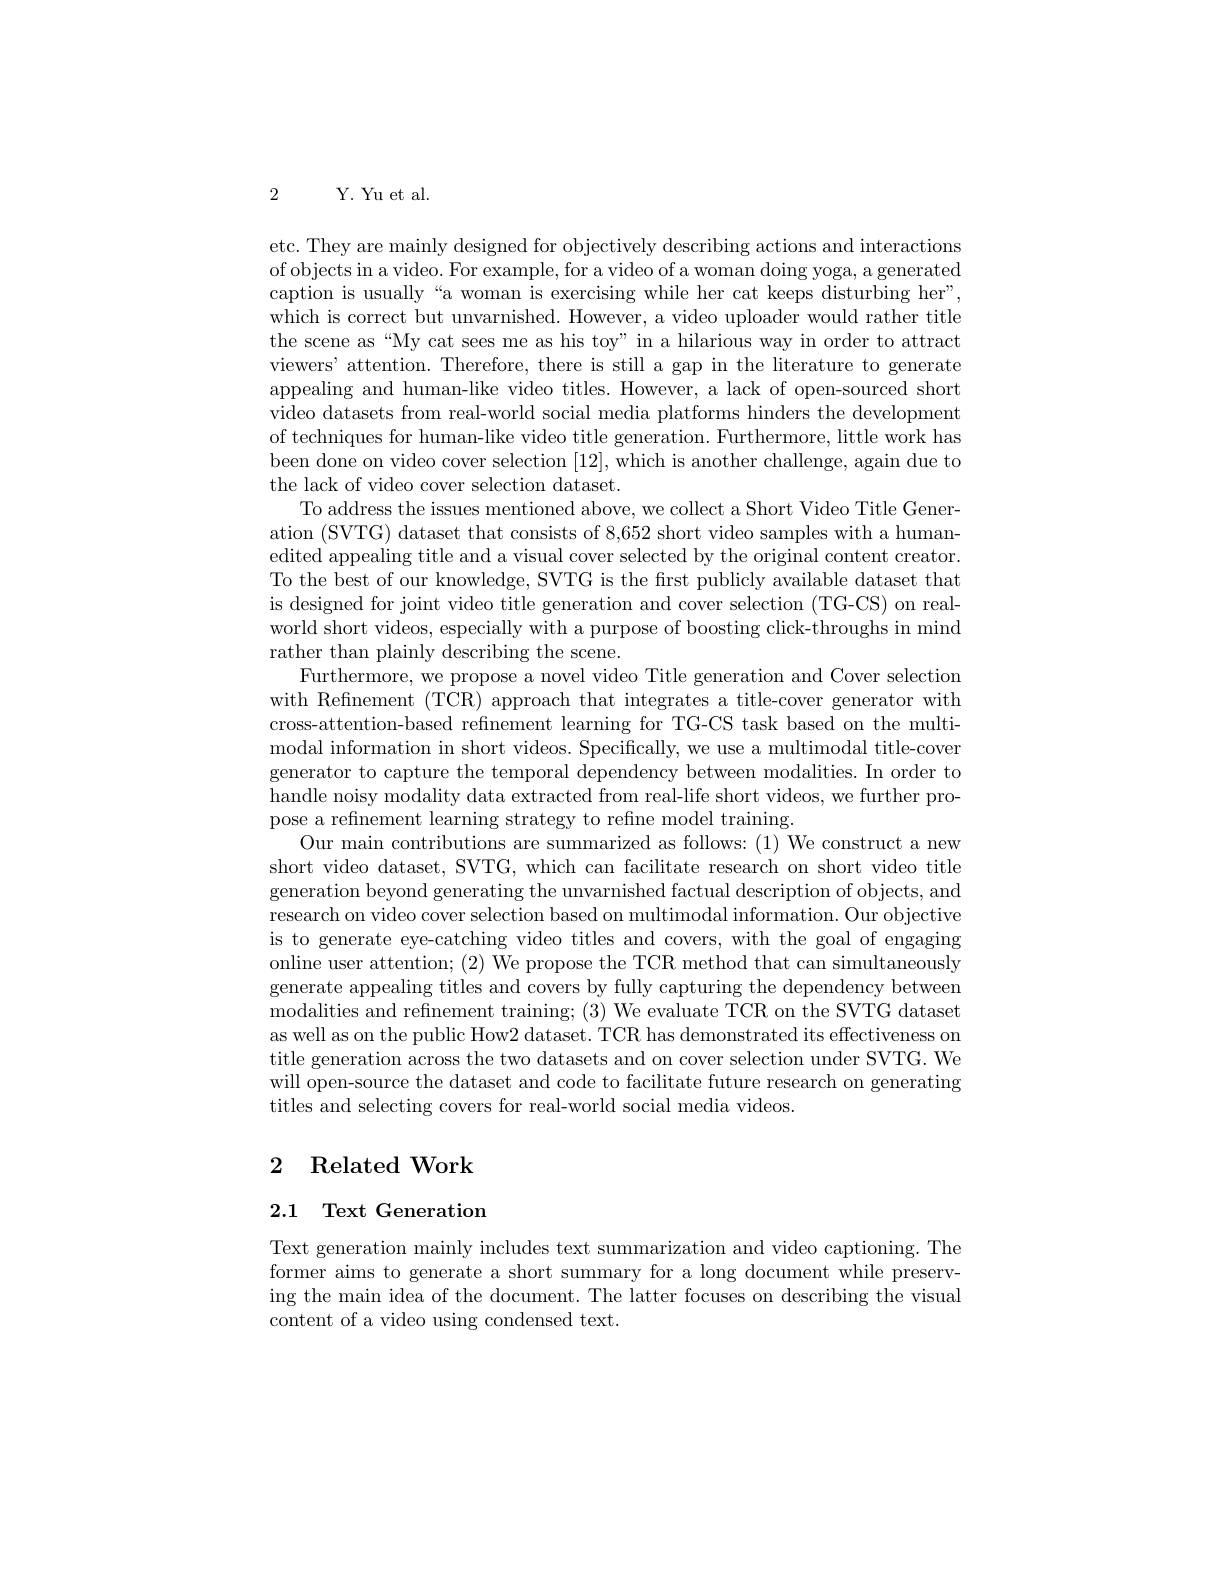
2

Y. Yu et al.

etc. They are mainly designed for objectively describing actions and interactions of objects in a video. For example, for a video of a woman doing yoga, a generated caption is usually“a woman is exercising while her cat keeps disturbing her”, which is correct but unvarnished. However, a video uploader would rather title the scene as“My cat sees me as his toy” in a hilarious way in order to attract viewers' attention. Therefore, there is still a gap in the literature to generate appealing and human-like video titles. However, a lack of open-sourced short video datasets from real-world social media platforms hinders the development of techniques for human-like video title generation. Furthermore, little work has been done on video cover selection [12],which is another challenge, again due to the lack of video cover selection dataset.
To address the issues mentioned above, we collect a Short Video Title Generation (SVTG) dataset that consists of 8,652 short video samples with a humanedited appealing title and a visual cover selected by the original content creator. To the best of our knowledge, SVTG is the first publicly available dataset that is designed for joint video title generation and cover selection (TG-CS) on realworld short videos, especially with a purpose of boosting click-throughs in mind rather than plainly describing the scene.
Furthermore, we propose a novel video Title generation and Cover selection with Refinement (TCR) approach that integrates a title-cover generator with cross-attention-based refinement learning for TG-CS task based on the multimodal information in short videos. Specifically, we use a multimodal title- cover generator to capture the temporal dependency between modalities. In order to handle noisy modality data extracted from real-life short videos, we further propose a refinement learning strategy to refine model training.
Our main contributions are summarized as follows: (1) We construct a new short video dataset, SVTG, which can facilitate research on short video title generation beyond generating the unvarnished factual description of objects, and research on video cover selection based on multimodal information. Our objective is to generate eye-catching video titles and covers, with the goal of engaging online user attention; (2) We propose the TCR method that can simultaneously generate appealing titles and covers by fully capturing the dependency between modalities and refnement training; (3) We evaluate TCR on the SVTG dataset as well as on the public How2 dataset. TCR has demonstrated its effectiveness on title generation across the two datasets and on cover selection under SVTG. We will open-source the dataset and code to facilitate future research on generating titles and selecting covers for real-world social media videos.

## ${\mathrm{Related~Work}}$ 2

2.1 Text Generation

Text generation mainly includes text summarization and video captioning. The former aims to generate a short summary for a long document while preserving the main idea of the document. The latter focuses on describing the visual content of a video using condensed text.